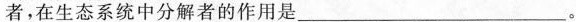
者，在生态系统中分解者的作用是___。